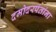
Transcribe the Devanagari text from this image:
दमोदरपंतांना